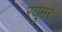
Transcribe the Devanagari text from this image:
र्‍युमर